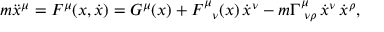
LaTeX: m \ddot { x } ^ { \mu } = F ^ { \mu } ( x , \dot { x } ) = G ^ { \mu } ( x ) + F _ { \; \; \; \nu } ^ { \mu } ( x ) \, \dot { x } ^ { \nu } - m \Gamma _ { \; \: \nu \rho } ^ { \mu } \, \dot { x } ^ { \nu } \, \dot { x } ^ { \rho } ,